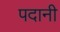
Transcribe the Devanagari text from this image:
पदानी